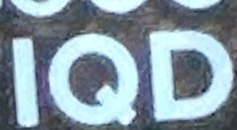
IQD